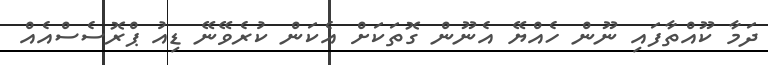
ދަމާ ކޫއްތާފައި ނޫން ހެއްޔޭ އެނޫން ގޮތަކަށް އެކަން ކުރެވޭނޭ ޑިއު ޕްރޮސެސްއެއް